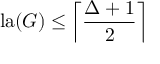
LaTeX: \mathop { \mathrm { l a } } ( G ) \leq \left\lceil { \frac { \Delta + 1 } { 2 } } \right\rceil